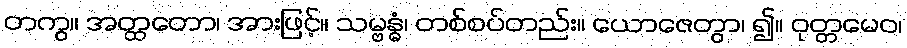
တကွ။ အတ္ထတော၊ အားဖြင့်။ သမ္ဗန္ဓံ၊ တစ်စပ်တည်း။ ယောဇေတွာ၊ ၍။ ဝုတ္တမေဝ၊